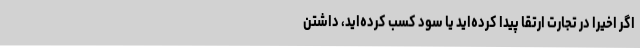
اگر اخیراً در تجارت ارتقا پیدا کرده‌اید یا سود کسب کرده‌اید، داشتن